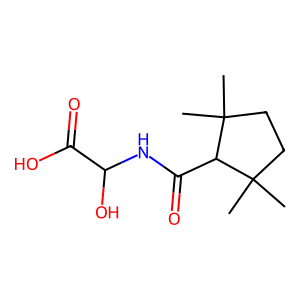
SMILES: CC1(C)CCC(C)(C)C1C(=O)NC(O)C(=O)O
Inhibits HIV replication: No